Civil Veterinary Dept. Bombay admin report 1900-1906 - 1900-1906
Year: 1900
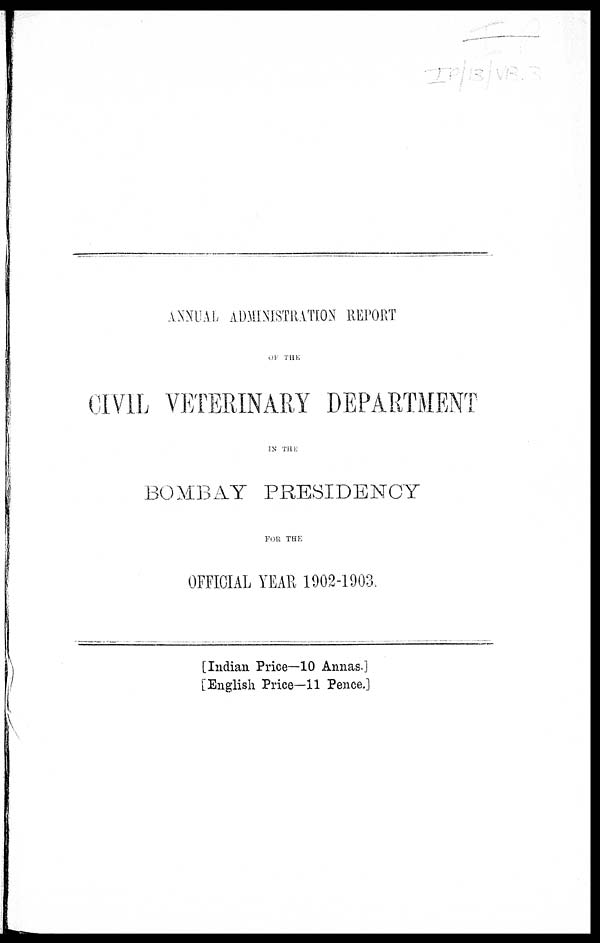
ANNUAL ADMINISTRATION REPORT
OF THE
CIVIL VETERINARY DEPARTMENT
IN THE
BOMBAY PRESIDENCY
FOR THE
OFFICIAL YEAR 1902-1903.
[Indian Price—10 Annas.]
[English Price—11 Pence.]